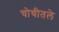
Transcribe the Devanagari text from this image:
चोचीतले